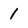
Character: 1